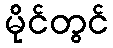
မိုင်တွင်